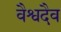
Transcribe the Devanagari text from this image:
वैश्वदैव